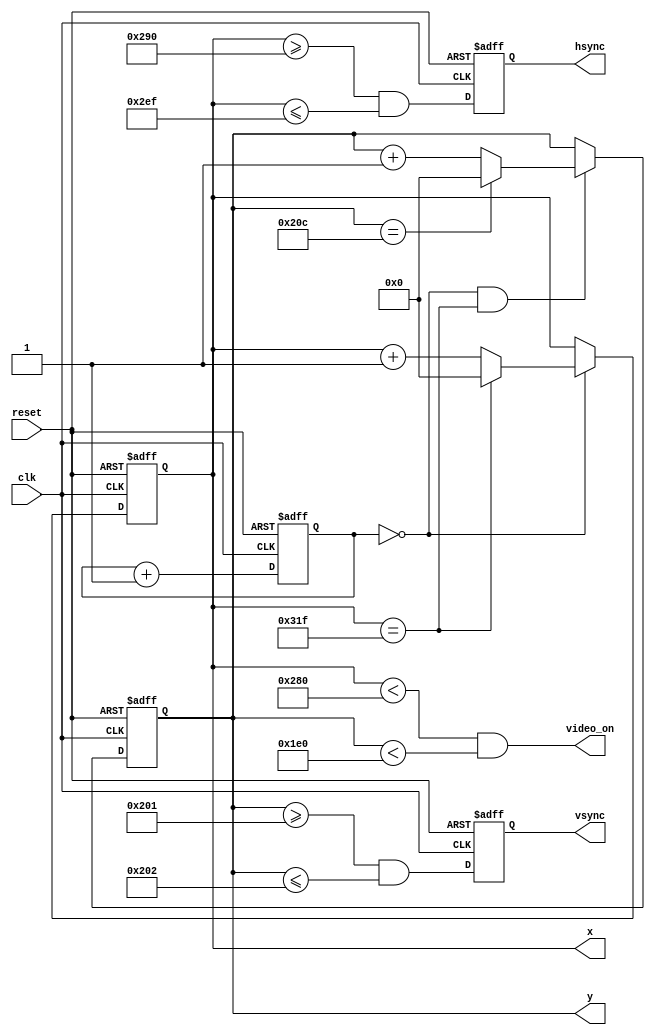
module vga_sync
	(
		input wire clk, reset, //We need a 25MHz clock, and resettable through button press
		output wire hsync, vsync, video_on,//We signal whether hsync, vsync, and video should be on
		//Hsync and vsync should be on at all times but within the retrace period
		//Video on only within the 640x480 pixel display zone
		output wire [9:0] x, y //Multi-bit wire data for pixel position(x,y)
	);
	
	// constant declarations for VGA sync parameters
	localparam H_DISPLAY       = 640; // horizontal display area
	localparam H_L_BORDER      =  48; // horizontal left border //same as back porch
	localparam H_R_BORDER      =  16; // horizontal right border //same as front porch
	localparam H_RETRACE       =  96; // horizontal retrace
	localparam H_MAX           = H_DISPLAY + H_L_BORDER + H_R_BORDER + H_RETRACE - 1; //799
	localparam START_H_RETRACE = H_DISPLAY + H_R_BORDER; //640+16 = 656
	localparam END_H_RETRACE   = H_DISPLAY + H_R_BORDER + H_RETRACE - 1; //640+16+96-1 = 751
	
	localparam V_DISPLAY       = 480; // vertical display area
	localparam V_T_BORDER      =  10; // vertical top border
	localparam V_B_BORDER      =  33; // vertical bottom border
	localparam V_RETRACE       =   2; // vertical retrace
	localparam V_MAX           = V_DISPLAY + V_T_BORDER + V_B_BORDER + V_RETRACE - 1; //524
    localparam START_V_RETRACE = V_DISPLAY + V_B_BORDER; //480+33 = 513
	localparam END_V_RETRACE   = V_DISPLAY + V_B_BORDER + V_RETRACE - 1; //514
	
	// mod-4 counter to generate 25 MHz pixel tick
	reg [1:0] pixel_reg; //Current-State
	wire [1:0] pixel_next; //Nextstate
	wire pixel_tick; //Increment signal
	
	always @(posedge clk, posedge reset) //Uses internal clock
		if(reset)
		  pixel_reg <= 0; //Reset signal
		else
		  pixel_reg <= pixel_next; //Get the nextstate
	
	assign pixel_next = pixel_reg + 1; // increment pixel_reg 
	
	assign pixel_tick = (pixel_reg == 0); //When pixel_reg becomes 2'b11 it will roll over to 0 on next pos clock edge
	
	// registers to keep track of current pixel location
	reg [9:0] h_count_reg, h_count_next, v_count_reg, v_count_next;
	
	// register to keep track of vsync and hsync signal states
	reg vsync_reg, hsync_reg;
	wire vsync_next, hsync_next;
 
	// infer registers
	always @(posedge clk, posedge reset)
		if(reset)
		    begin //Default state
                    v_count_reg <= 0;
                    h_count_reg <= 0;
                    vsync_reg   <= 0;
                    hsync_reg   <= 0;
		    end
		else
		    begin //Next state
                    v_count_reg <= v_count_next;
                    h_count_reg <= h_count_next;
                    vsync_reg   <= vsync_next;
                    hsync_reg   <= hsync_next;
		    end
			
	// next-state logic of horizontal vertical sync counters
	always @* //combinational
		begin
		h_count_next = pixel_tick ? //Check if pixel_tick is true then check if h_count_reg is at the max and needs to roll-over  to 0 
		               (h_count_reg == H_MAX ? 0 : h_count_reg + 1)
			       : h_count_reg;
		
		v_count_next = pixel_tick && h_count_reg == H_MAX ? //If we are at bottom of screen we retrace back to top 
		               (v_count_reg == V_MAX ? 0 : v_count_reg + 1) 
			       : v_count_reg;
		end
		
        // hsync and vsync are active low signals
        // hsync signal asserted during horizontal retrace
        assign hsync_next = h_count_reg >= START_H_RETRACE
                            && h_count_reg <= END_H_RETRACE;
   
        // vsync signal asserted during vertical retrace
        assign vsync_next = v_count_reg >= START_V_RETRACE 
                            && v_count_reg <= END_V_RETRACE;

        // video only on when pixels are in both horizontal and vertical display region
        assign video_on = (h_count_reg < H_DISPLAY) 
                          && (v_count_reg < V_DISPLAY);

        // output signals
        assign hsync  = hsync_reg;
        assign vsync  = vsync_reg;
        assign x      = h_count_reg;
        assign y      = v_count_reg;
endmodule